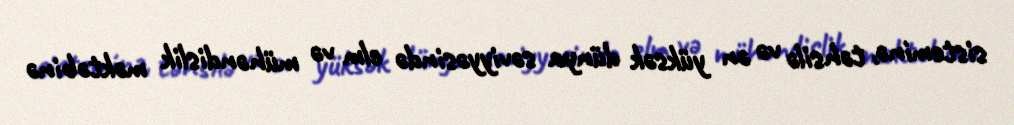
sisteminə, təhsilə və ən yüksək dünya səviyyəsində elm və mühəndislik məktəbinə